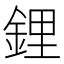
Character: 鋰